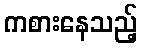
ကစားနေသည့်